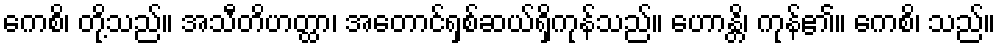
ကေစိ၊ တို့သည်။ အသီတိဟတ္ထာ၊ အတောင်ရှစ်ဆယ်ရှိကုန်သည်။ ဟောန္တိ၊ ကုန်၏။ ကေစိ၊ သည်။